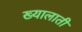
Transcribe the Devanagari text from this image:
ख्यालाती